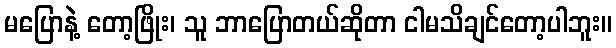
မပြောနဲ့ တော့ဖြိုး၊ သူ ဘာပြောတယ်ဆိုတာ ငါမသိချင်တော့ပါဘူး။